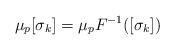
LaTeX: \begin{align*}\mu_p [\sigma_k] = \mu_p F^{-1}([\sigma_k])\end{align*}